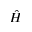
\hat { H }